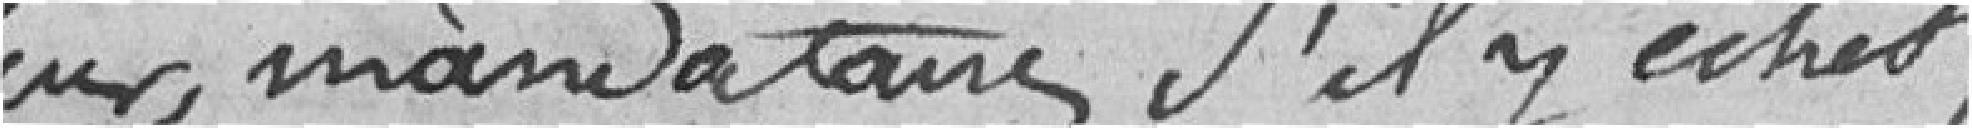
leur mandataires, s'il y échoit